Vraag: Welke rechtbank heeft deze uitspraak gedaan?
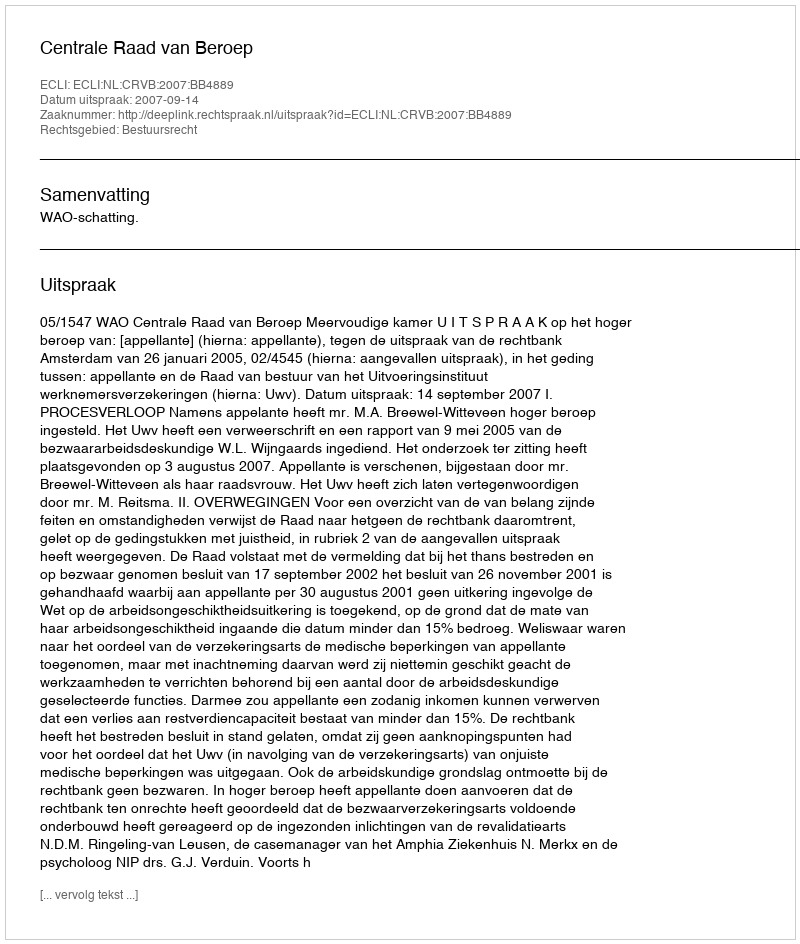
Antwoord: Centrale Raad van Beroep